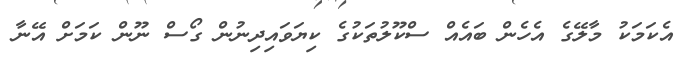
އެކަމަކު މާލޭގެ އެހެން ބައެއް ސްކޫލުތަކުގެ ކިޔަވައިދިނުން ގޯސް ނޫން ކަމަށް އޭނާ